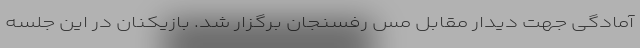
آمادگی جهت دیدار مقابل مس رفسنجان برگزار شد. بازیکنان در این جلسه